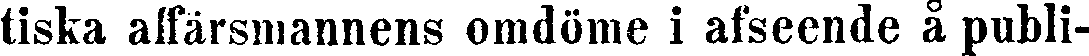
tiska affärsmannens omdöme i afseende å publi-